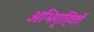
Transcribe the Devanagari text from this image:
अभिगृहितों